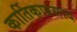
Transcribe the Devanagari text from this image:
कार्तिकाप्रसाद